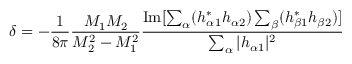
\delta = - { \frac { 1 } { 8 \pi } } \frac { M _ { 1 } M _ { 2 } } { M _ { 2 } ^ { 2 } - M _ { 1 } ^ { 2 } } \frac { \mathrm { I m } [ \sum _ { \alpha } ( h _ { \alpha 1 } ^ { \ast } h _ { \alpha 2 } ) \sum _ { \beta } ( h _ { \beta 1 } ^ { \ast } h _ { \beta 2 } ) ] } { \sum _ { \alpha } | h _ { \alpha 1 } | ^ { 2 } }